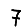
Digit: 7